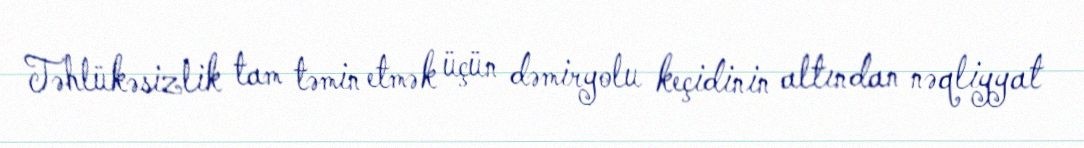
Təhlükəsizlik tam təmin etmək üçün dəmiryolu keçidinin altından nəqliyyat